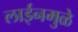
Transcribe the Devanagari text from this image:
लाईनमुळे